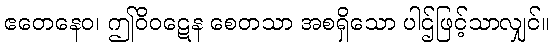
ဧတေနေဝ၊ ဤဝိဝဋေန စေတသာ အစရှိသော ပါဌ်ဖြင့်သာလျှင်။